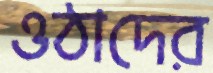
ওঠাদের